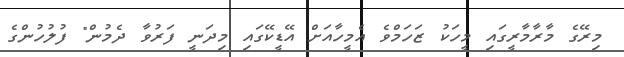
މިރޭގެ މާރާމާރީގައި މީހަކު ޒަހަމްވެ އެމީހާއަށް އޭޑީކޭގައި މިދަނީ ފަރުވާ ދެމުން" ފުލުހުންގެ